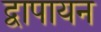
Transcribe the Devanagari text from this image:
द्वापायन